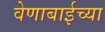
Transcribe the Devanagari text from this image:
वेणाबाईच्या